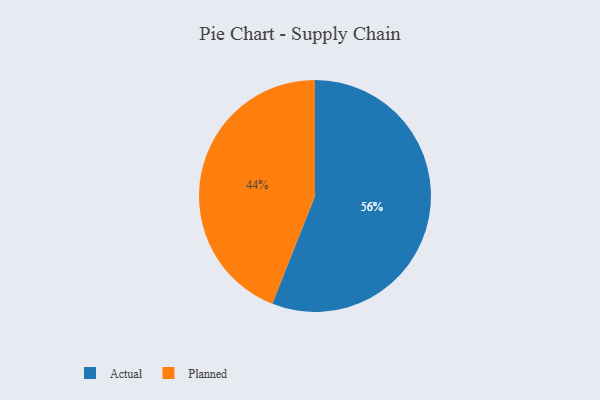
{"axis": {"x": "Category", "y": "Percentage"}, "legend": ["Actual", "Planned"], "data": [{"x": "Actual", "y": 56, "type": "Actual"}, {"x": "Planned", "y": 44, "type": "Planned"}]}